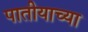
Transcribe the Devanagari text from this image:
पातीयाच्या